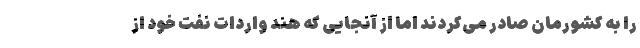
را به کشورمان صادر می‌کردند اما از آنجایی که هند واردات نفت خود از